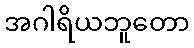
အဂါရိယဘူတော